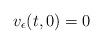
LaTeX: \begin{align*}v_\epsilon(t,0) = 0\end{align*}